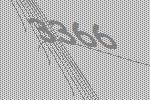
3366